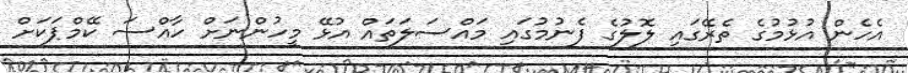
އެހެން އުޅުމުގެ ތެރޭގައި ލޮލުގެ ފެނުމުގައި މައްސަލަތައް އުޅޭ މީހުންނަށް ހާއްސަ ކޭމްޕަކަށް